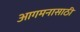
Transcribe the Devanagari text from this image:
आगमनासाठी